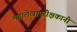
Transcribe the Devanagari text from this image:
महालेखापरीक्षकानी